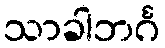
သာခါဘင်္ဂ